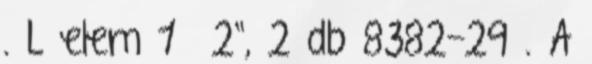
. L elem 1 2", 2 db 8382-29 . A